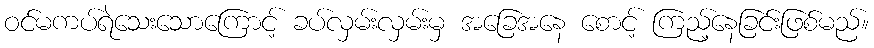
ဝင်မကပ်ရဲသေးသောကြောင့် ခပ်လှမ်းလှမ်းမှ အခြေအနေ စောင့် ကြည့်နေခြင်းဖြစ်မည်။